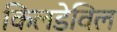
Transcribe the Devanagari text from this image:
किलडेविल